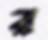
র